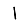
Digit: 1